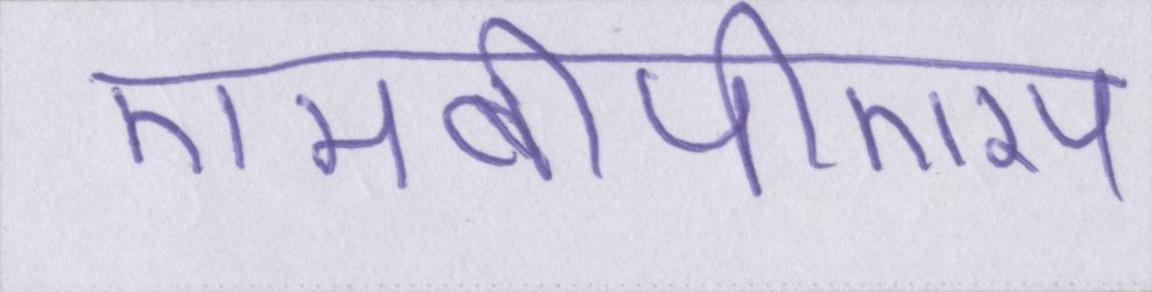
एमबीपीएस